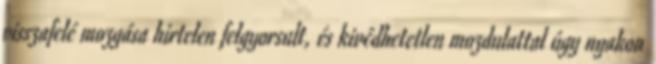
visszafelé mozgása hirtelen felgyorsult, és kivédhetetlen mozdulattal úgy nyakon